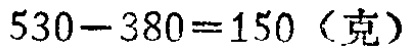
\(530 - 380 = 150\)（克）